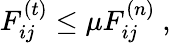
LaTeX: F_{ij}^{(t)}\le\mu F_{ij}^{(n)}\ ,